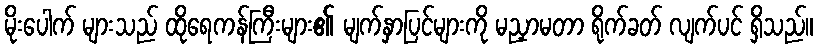
မိုးပေါက် များသည် ထိုရေကန်ကြီးများ၏ မျက်နှာပြင်များကို မညှာမတာ ရိုက်ခတ် လျက်ပင် ရှိသည်။